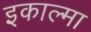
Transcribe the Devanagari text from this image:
इकाल्मा